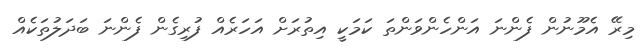
މިރޭ އެމޫނުން ފެންނަ އަންހެންވަންތަ ކަމަކީ އިތުރަށް އަހަރެއް ފުރިގެން ފެންނަ ބަދަލުތަކެއް